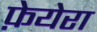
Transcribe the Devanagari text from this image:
फ़ेयेरा